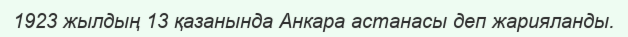
1923 жылдың 13 қазанында Анкара астанасы деп жарияланды.